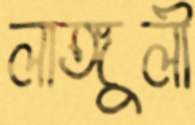
লাঙ্গুলী